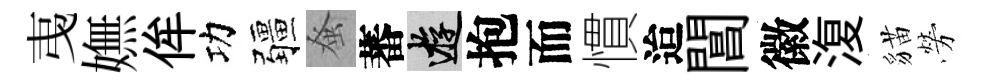
𢎯嫵侔功疆𫊫蕃游抱而慣迨閶徽𣸪貓勞